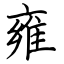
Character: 雍